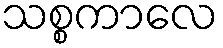
သစ္စကာလေ